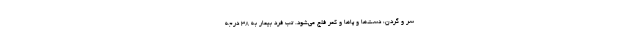
سر و گردن، دست‌ها و پا‌ها و کمر فلج می‌شود. تب فرد بیمار به 38 درجه